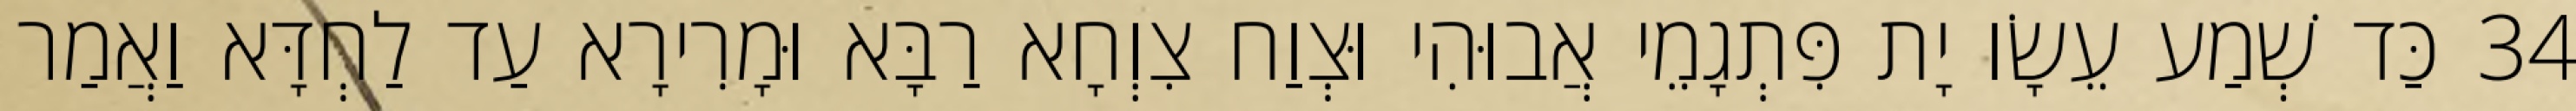
34 כַּד שְׁמַע עֵשָׂו יָת פִּתְגָמֵי אֲבוּהִי וּצְוַח צִוְחָא רַבָּא וּמָרִירָא עַד לַחְדָּא וַאֲמַר